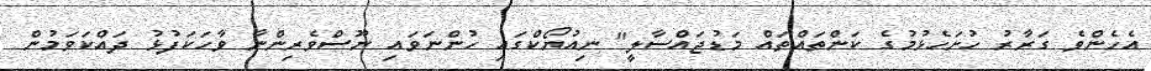
އެހެންވެ ގަރާރު ހުށަހެޅުމުގެ ކަންތައްތައް މަޑުޖައްސާލީ" ނިއުޔޯކްގައި ހުންނަވައި ނޫސްވެރިންނާ ވާހަކަފުޅު ދައްކަވަމުން